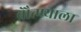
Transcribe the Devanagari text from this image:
चेौत्ण्याला